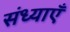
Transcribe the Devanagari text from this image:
संध्याएँ